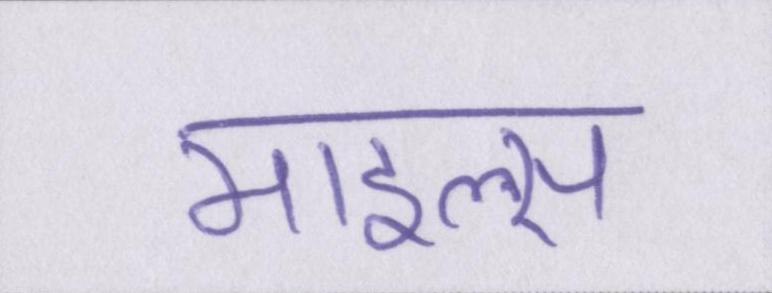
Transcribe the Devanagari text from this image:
माइल्स